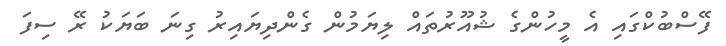
ފޭސްބުކްގައި އެ މީހުންގެ ޝުއޫރުތައް ލިޔަމުން ގެންދިޔައިރު ގިނަ ބަޔަކު ރޭ ސިފަ